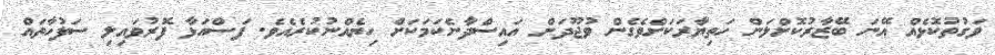
ވަގުތުކޮޅެއް އޭނަ ބޭޒާރުކޮށްލަން ހަތިޔާރަކަށްވެގެން ވުޖޫދަށް އައިސްދާނެކަމަކަށް ހިޔެއްނުކުރެއެވެ. ފަސްއަޅާ ފޮރުވައިލި ސަފުހާތައް